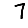
Digit: 7